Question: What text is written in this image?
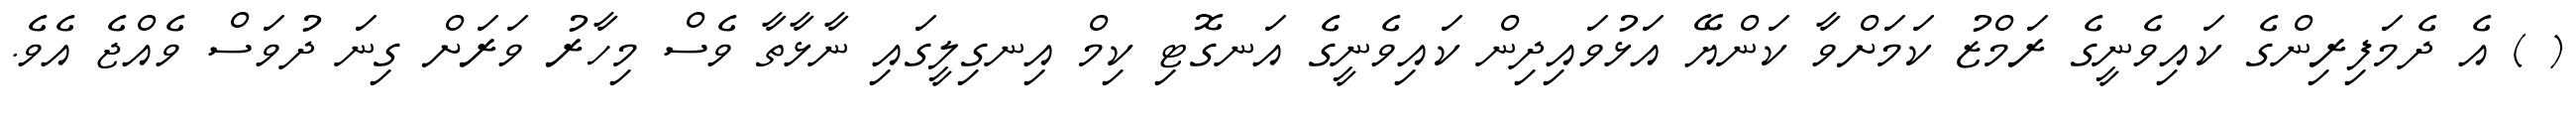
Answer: ( ) އެ ދެމަފިރިންގެ ކައިވެނީގެ ރަމްޒު ކަމަށްވާ ކަންޔޭ އަޅުވައިދިން ކައިވެނީގެ އަނގޮޓި ކިމް އިނގިލީގައި ނާޅާތާ ވެސް މިހާރު ވަރަށް ގިނަ ދުވަސް ވެއްޖެ އެވެ.